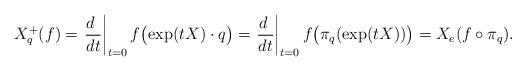
LaTeX: \begin{align*}X_q^+(f)=\left.\frac{d\ }{dt}\right|_{t=0}f\bigl(\exp(tX)\cdot q\bigr)=\left.\frac{d\ }{dt}\right|_{t=0}f\bigl(\pi_q(\exp(tX))\bigr)=X_e(f\circ\pi_q).\end{align*}